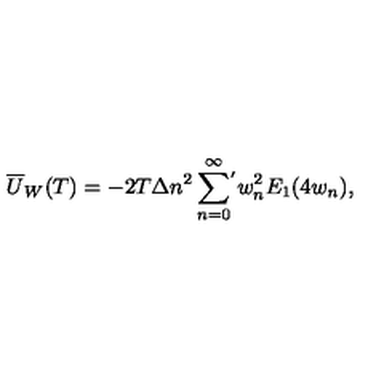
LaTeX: \overline { { U } } _ { W } ( T ) = - 2 T \Delta n ^ { 2 } \sum _ { n = 0 } ^ { \infty } \! { } ^ { ' } w _ { n } ^ { 2 } E _ { 1 } ( 4 w _ { n } ) { , }